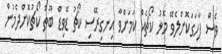
ވެސް ފާހަގަކޮށްލެވޭ މޮޅު ކޯޗެއް ކަމަށްވާ އިނގިރޭސި ކޯޗު ޑޭވިޑް ބޫތު ކޯޗުކޮށްދެމުން